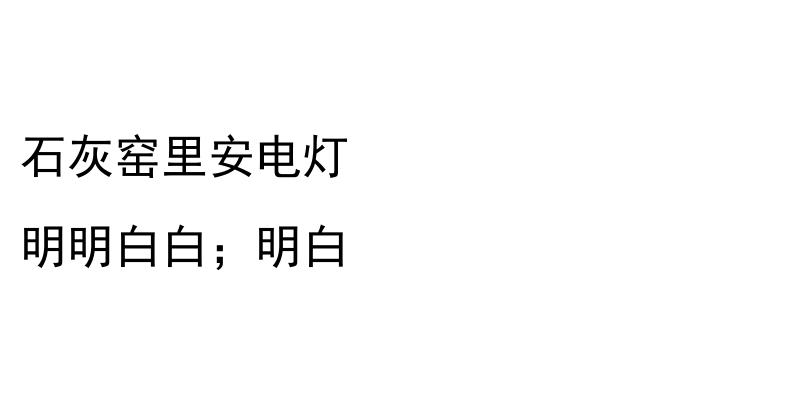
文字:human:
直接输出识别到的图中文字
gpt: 石灰窑里安电灯 明明白白；明白